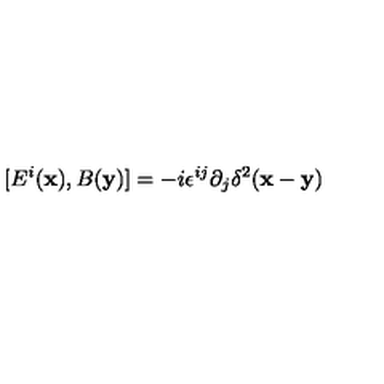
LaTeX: [ E ^ { i } ( { \bf x } ) , B ( { \bf y } ) ] = - i \epsilon ^ { i j } \partial _ { j } \delta ^ { 2 } ( { \bf x } - { \bf y } )